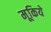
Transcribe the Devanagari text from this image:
मूकिये